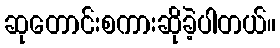
ဆုတောင်းစကားဆိုခဲ့ပါတယ်။